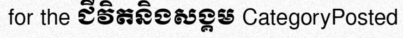
for the ជីវិតនិងសង្គម CategoryPosted